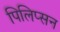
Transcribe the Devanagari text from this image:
पिलिप्सन